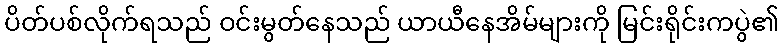
ပိတ်ပစ်လိုက်ရသည် ဝင်းမွတ်နေသည် ယာယီနေအိမ်များကို မြင်းရိုင်းကပွဲ၏